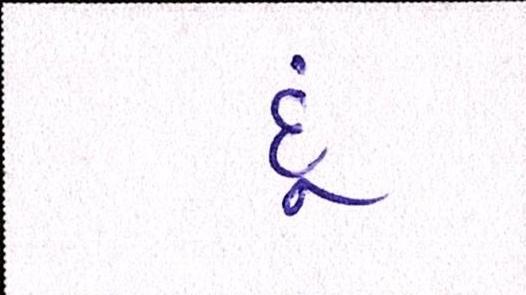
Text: દૂં